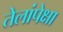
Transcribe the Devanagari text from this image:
तेलांपेक्षा